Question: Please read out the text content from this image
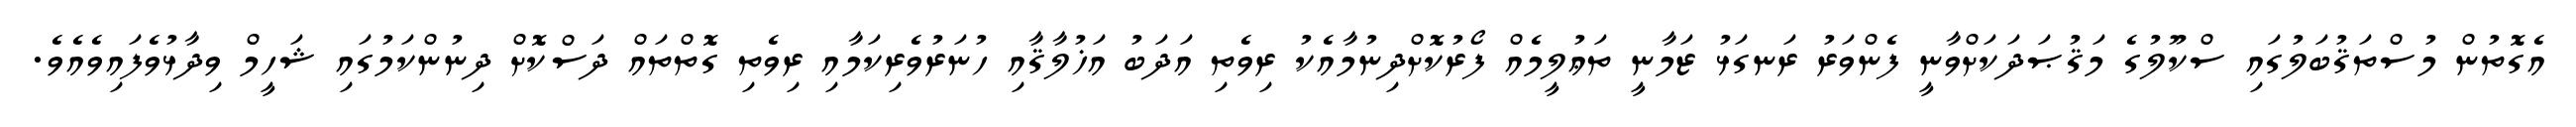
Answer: އެގޮތުން މުސްތަޤުބަލުގައި ސްކޫލުގެ މަޤުޞަދަކަށްވާނީ ފެންވަރު ރަނގަޅު ޒަމާނީ ތަޢުލީމެއް ފޯރުކޮށްދިނުމާއެކު ރިވެތި އަދަބު އަޚުލާޤާއި ހުނަރުވެރިކަމާއި ރިވެތި ގޮތްތައް ދަސްކޮށް ދިނުންކަމުގައި ޝަހީމް ވިދާޅުވެފައިވެއެވެ.